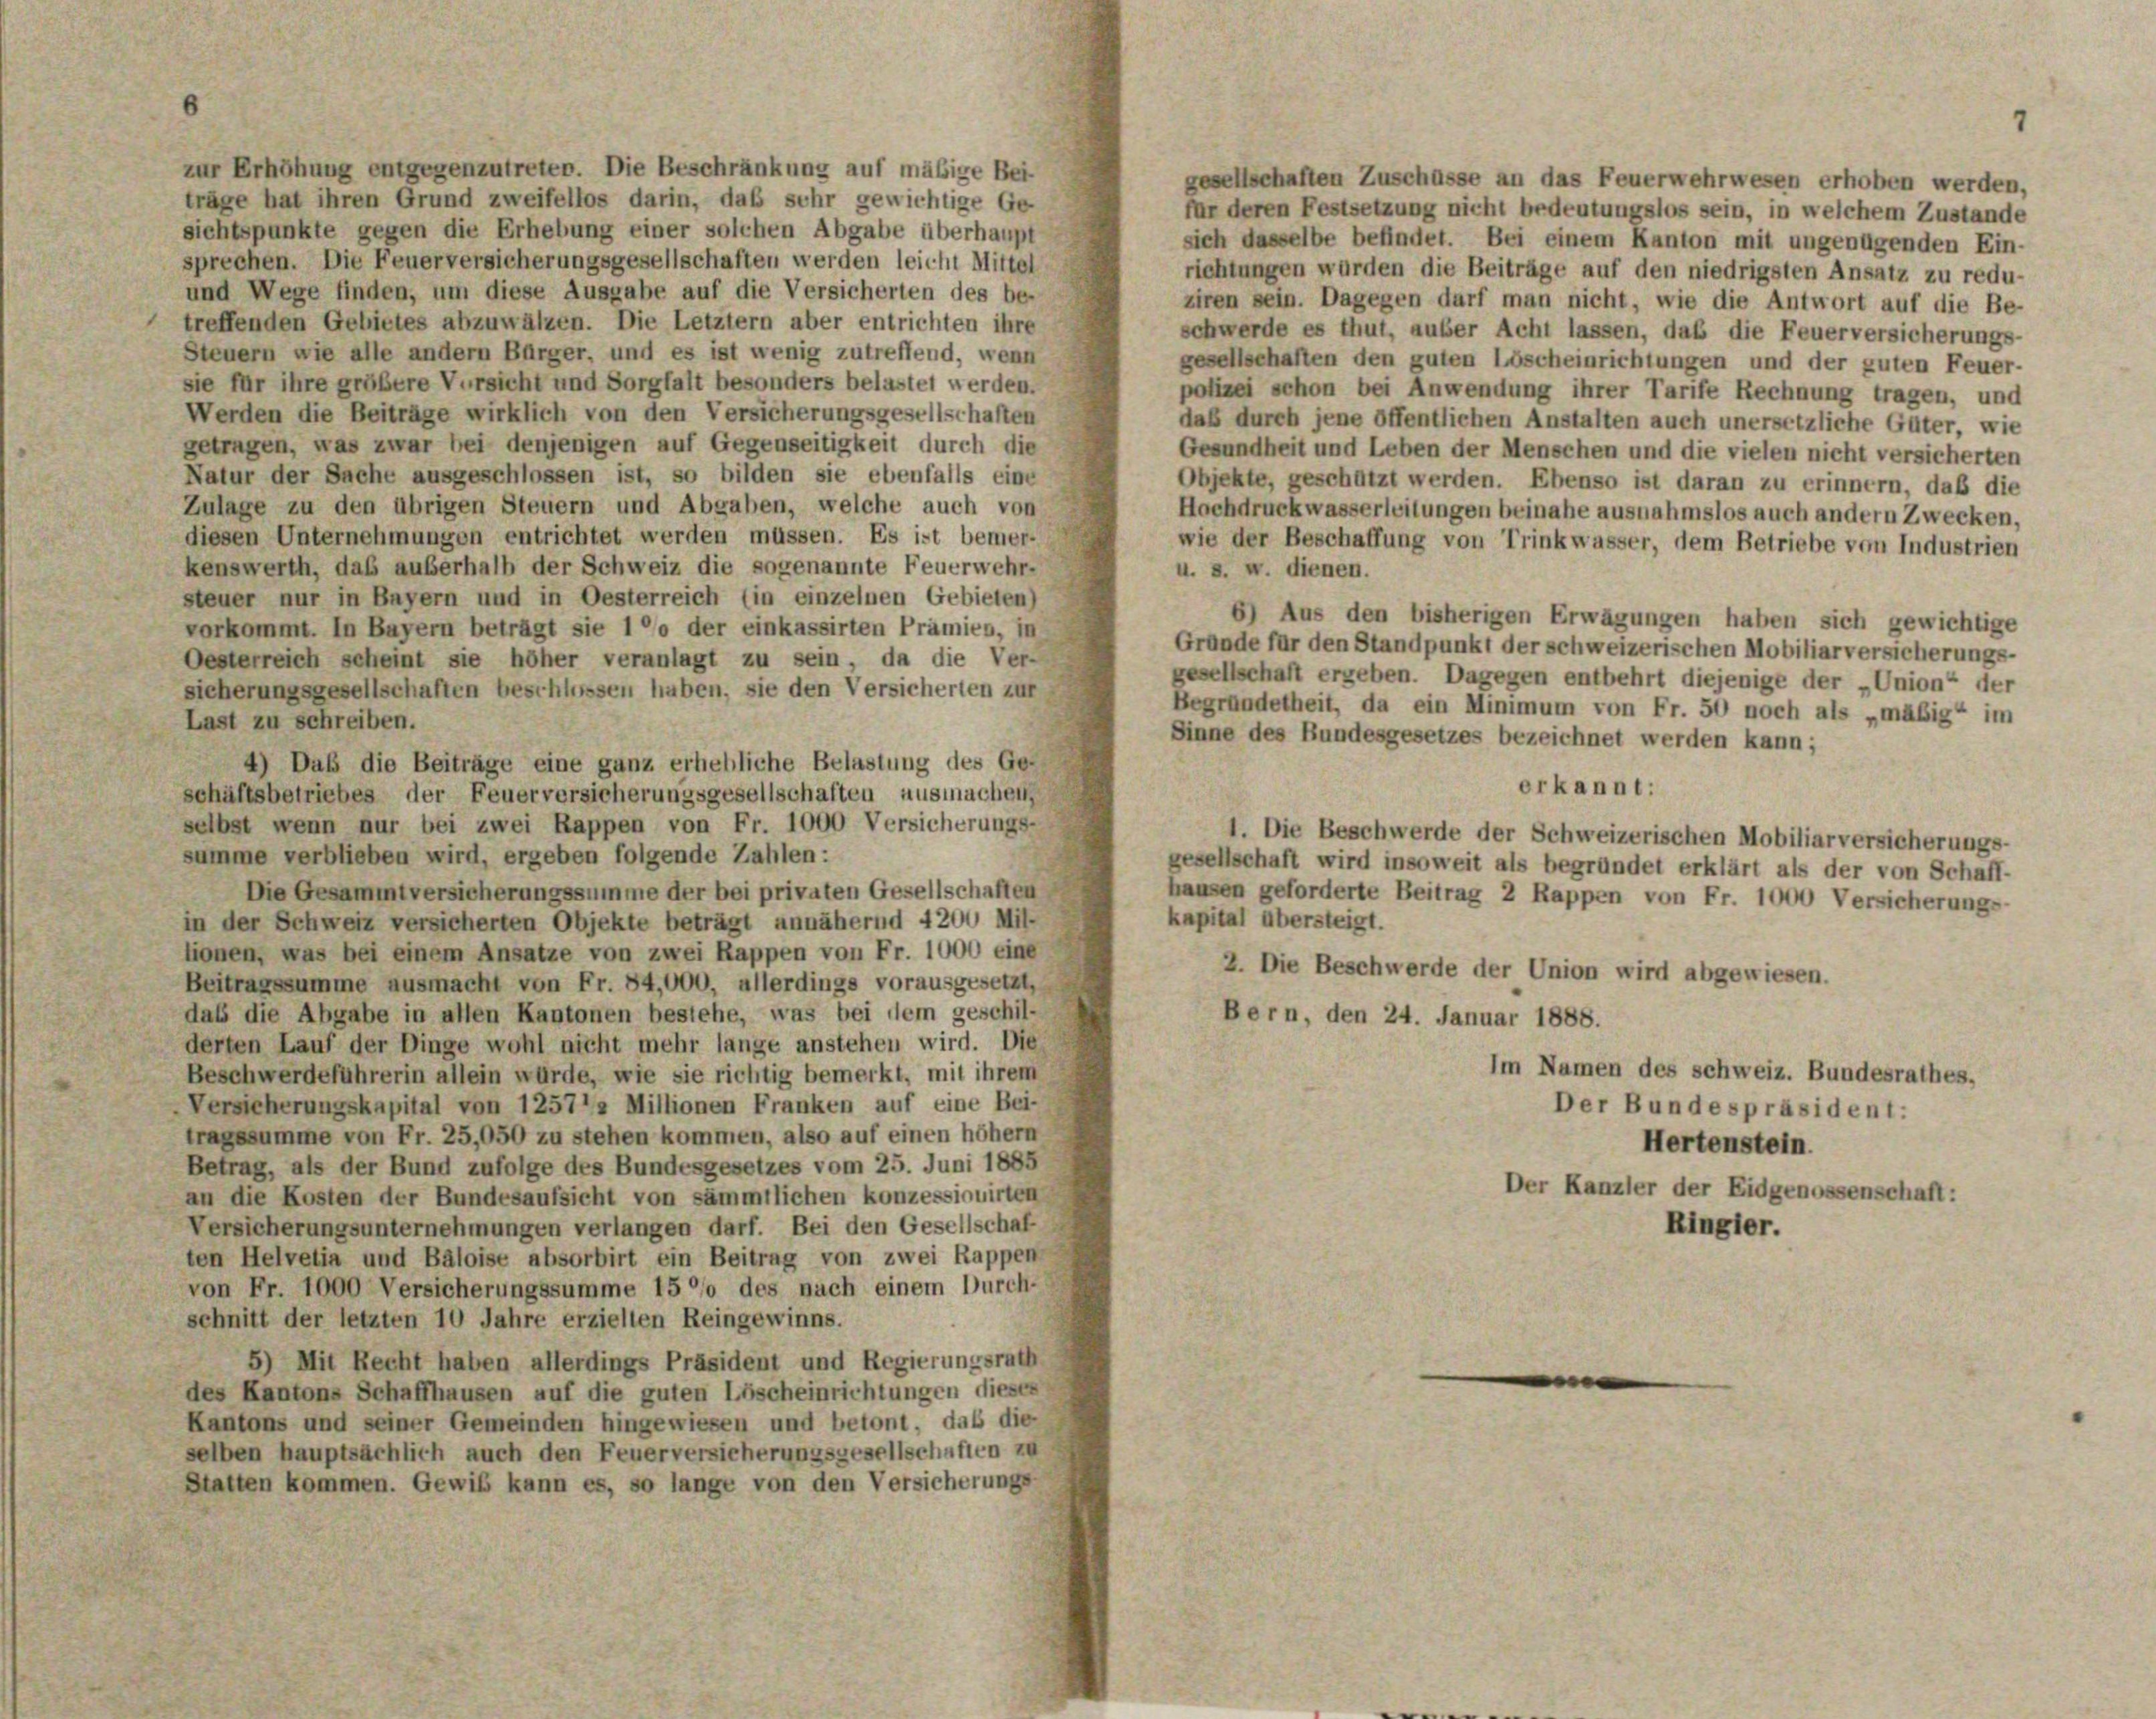
zur Erhöhung entgegenzutreten. Die Beschränkung auf mäßige Bei-
gesellschaften Zuschüsse an das Feuerwehrwesen erhoben werden,
träge hat ihren Grund zweifellos darin, daß sehr gewichtige Ge-
für deren Festsetzung nicht bedeutungslos sein, in welchem Zustande
sichtspunkte gegen die Erhebung einer solchen Abgabe überhaupt
sich dasselbe befindet. Bei einem Kanton mit ungenügenden Ein-
sprechen. Die Feuerversicherungsgesellschaften werden leicht Mittel
richtungen wurden die Beiträge auf den niedrigsten Ansatz zu redu-
und Wege finden, um diese Ausgabe auf die Versicherten des be-
ziren sein. Dagegen darf man nicht, wie die Antwort auf die Be-
treffenden Gebietes abzuwälzen. Die Letztern aber entrichten ihre
schwerde es thut, außer Acht lassen, das die Feuerversicherungs-
Steuern wie alle andern Bürger, und es ist wenig zutreffend, wenn
gesellschaften den guten Löscheinrichtungen und der guten Feuer-
sie für ihre größere Versicht und Sorgfalt besonders belastet werden.
polizei schon bei Anwendung ihrer Tarife Rechnung tragen, und
Werden die Beiträge wirklich von den Versicherungsgesellschaften
daß durch jene öffentlichen Anstalten auch unersetzliche Güter, wie
getragen, was zwar bei denjenigen auf Gegenseitigkeit durch die
Gesundheit und Leben der Menschen und die vielen nicht versicherten
Natur der Sache ausgeschlossen ist, so bilden sie ebenfalls eine
Objekte, geschützt werden. Ebenso ist daran zu erinnern, daß die
Zulage zu den übrigen Steuern und Abgaben, welche auch von
Hochdruckwasserleitungen beinahe ausnahmslos auch andern Zwecken,
diesen Unternehmungen entrichtet werden müssen. Es ist bemer-
wie der Beschaffung von Trinkwasser, dem Betriebe von Industrien
kenswerth, das außerhalb der Schweiz die sogenannte Feuerwehr-
u. s. w. dienen.
steuer nur in Bayern und in Oesterreich (in einzelnen Gebieten)
6) Aus den bisherigen Erwägungen haben sich gewichtige
vorkommt. In Bayern beträgt sie 100 der einkassirten Prämien, in
Grande für den Standpunkt der schweizerischen Mobiliarversicherungs-
Oesterreich scheint sie höher veranlagt zu sein, da die Ver-
gesellschaft ergeben. Dagegen entbehrt diejenige der „Union“ der
sicherungsgesellschaften beschliessen haben, sie den Versicherten zur
Begründetheit, da ein Minimum von Fr. 50 noch als „mäßig“ im
Last zu schreiben.
Sinne des Bundesgesetzes bezeichnet werden kann;
4) Daß die Beiträge eine ganz erhebliche Belastung des Ge-
erkannt:
schäftsbetriebes der Feuerversicherungsgesellschaften ausmachen,
selbst wenn nur bei zwei Rappen von Fr. 1000 Versicherungs-
1. Die Beschwerde der Schweizerischen Mobiliarversicherungs-
summe verblieben wird, ergeben folgende Zahlen:
gesellschaft wird insoweit als begründet erklärt als der von Schaff-
Die Gesammtversicherungssumme der bei privaten Gesellschaften
hausen geforderte Beitrag 2 Rappen von Fr. 1000 Versicherungs-
kapital übersteigt.
in der Schweiz versicherten Objekte beträgt annähernd 420. Mil-
lionen, was bei einem Ansatze von zwei Rappen von Fr. 1000 eine
2. Die Beschwerde der Union wird abgewiesen.
Beitragssumme ausmacht von Fr. 84,000, allerdings vorausgesetzt,
daß die Abgabe in allen Kantonen bestehe, was bei dem geschil-
Bern, den 24. Januar 1888.
derten Lauf der Dinge wohl nicht mehr lange anstehen wird. Die
Im Namen des schweiz. Bundesrathes,
Beschwerdeführerin allein würde, wie sie richtig bemerkt, mit ihrem
Versicherungskapital von 1257. Millionen Franken auf eine Bei-
Der Bundespräsident:
tragssumme von Fr. 25,050 zu stehen kommen, also auf einen höher
Hertenstein.
Betrag, als der Bund zufolge des Bundesgesetzes vom 25. Juni 1885
Der Kanzler der Eidgenossenschaft:
an die Kosten der Bundesaufsicht von sämmtlichen konzessionirten
Versicherungsunternehmungen verlangen darf. Bei den Gesellschaf
Ringier.
ten Helvetia und Bäloise absorbirt ein Beitrag von zwei Rappen-
von Fr. 1000 Versicherungssumme 1500 des nach einem Durch-
schnitt der letzten 10 Jahre erziellen Reingewinns.
5) Mit Recht haben allerdings Präsident und Regierungsrath
e
des Kantons Schaffhausen auf die guten Löscheinrichtungen dieses
Kantons und seiner Gemeinden hingewiesen und betont, das die
selben hauptsächlich auch den Feuerversicherungsgesellschaften zu
Statten kommen. Gewiß kann es, so lange von den Versicherungs-